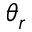
\theta _ { r }